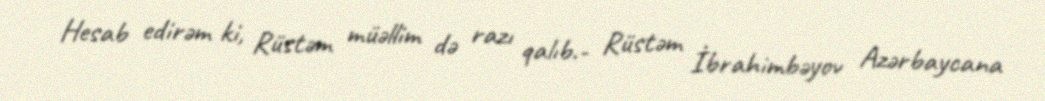
Hesab edirəm ki, Rüstəm müəllim də razı qalıb.- Rüstəm İbrahimbəyоv Azərbaycana